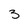
Character: 3